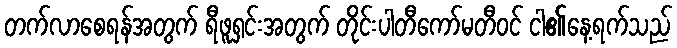
တက်လာစေရန်အတွက် ရီဖူရှင်းအတွက် တိုင်းပါတီကော်မတီဝင် ငါ၏နေ့ရက်သည်